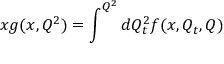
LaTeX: x g ( x , Q ^ { 2 } ) = \int ^ { Q ^ { 2 } } d Q _ { t } ^ { 2 } f ( x , Q _ { t } , Q )